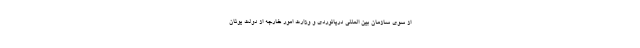
از سوی سازمان بین المللی دریانوردی و وزارت امور خارجه از دولت یونان